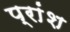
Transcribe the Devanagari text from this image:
प्रांश